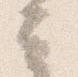
云